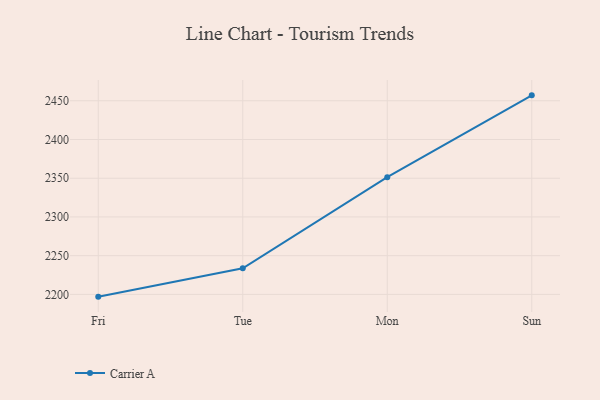
{"axis": {"x": "Day", "y": "Website Visitors"}, "legend": ["Carrier A"], "data": [{"x": "Fri", "y": 2197.1, "type": "Carrier A"}, {"x": "Tue", "y": 2233.7, "type": "Carrier A"}, {"x": "Mon", "y": 2351.4, "type": "Carrier A"}, {"x": "Sun", "y": 2457.0, "type": "Carrier A"}]}